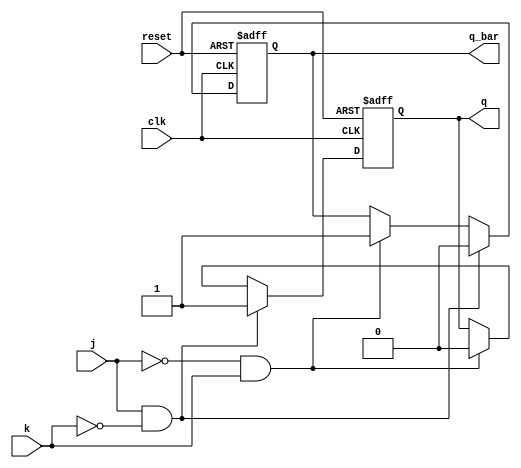
module jk_ff (
    input wire clk,
    input wire reset,
    input wire j,
    input wire k,
    output reg q,
    output reg q_bar
);

reg d, d_bar;

// Determine the value of D and D_bar based on the J, K inputs
always @* begin
    if (j & ~k)
        begin
            d = 1'b1;
            d_bar = 1'b0;
        end
    else if (~j & k)
        begin
            d = 1'b0;
            d_bar = 1'b1;
        end
    else if (j & k)
        begin
            d = q;
            d_bar = q_bar;
        end
    else
        begin
            d = q;
            d_bar = q_bar;
        end
end

// Implement two D flip-flop for storing the current state
always @ (posedge clk or posedge reset)
begin
    if (reset)
    begin
        q <= 1'b0;
        q_bar <= 1'b1;
    end
    else 
    begin
        q <= d;
        q_bar <= d_bar;
    end
end

endmodule